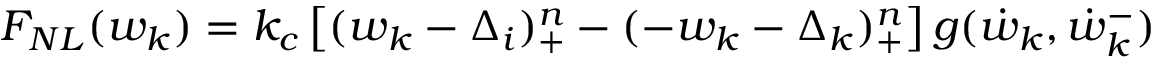
F _ { N L } ( w _ { k } ) = k _ { c } \left[ ( w _ { k } - \Delta _ { i } ) _ { + } ^ { n } - ( - w _ { k } - \Delta _ { k } ) _ { + } ^ { n } \right] g ( \dot { w } _ { k } , \dot { w } _ { k } ^ { - } )